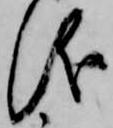
儀